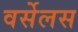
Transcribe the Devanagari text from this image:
वर्सेलस